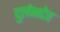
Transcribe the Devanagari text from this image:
दुर्लभदेव